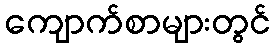
ကျောက်စာများတွင်